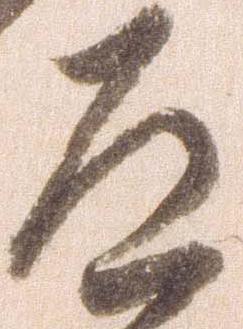
道